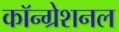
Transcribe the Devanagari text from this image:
कॉन्ग्रेशनल